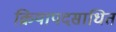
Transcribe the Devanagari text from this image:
क्रियापदसाधित